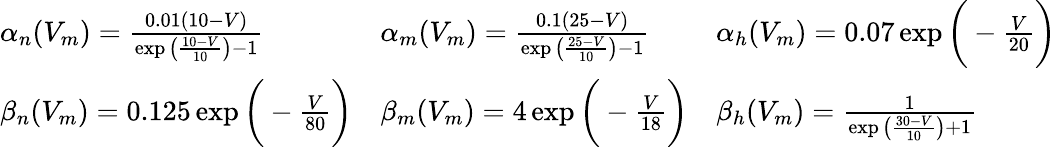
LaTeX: {\begin{array}{lll}{\alpha_{n}(V_{m})={\frac{0.01(10-V)}{\exp{\big(}{\frac{10-V}{10}}{\big)}-1}}}&{\alpha_{m}(V_{m})={\frac{0.1(25-V)}{\exp{\big(}{\frac{25-V}{10}}{\big)}-1}}}&{\alpha_{h}(V_{m})=0.07\exp{\bigg(}-{\frac{V}{20}}{\bigg)}}\\ {\beta_{n}(V_{m})=0.125\exp{\bigg(}-{\frac{V}{80}}{\bigg)}}&{\beta_{m}(V_{m})=4\exp{\bigg(}-{\frac{V}{18}}{\bigg)}}&{\beta_{h}(V_{m})={\frac{1}{\exp{\big(}{\frac{30-V}{10}}{\big)}+1}}}\end{array}}